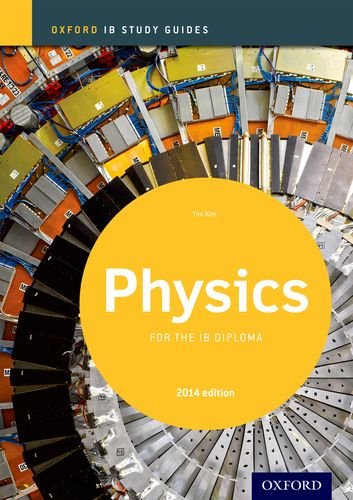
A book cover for IB Physics Study Guide: 2014 edition: Oxford IB Diploma Program; Tim Kirk; Teen & Young Adult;